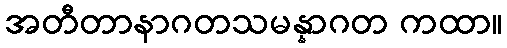
အတီတာနာဂတသမန္နာဂတ ကထာ။